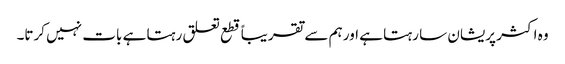
وہ اکثر پریشان سا رہتا ہے اور ہم سے تقریباً قطع تعلق رہتا ہے بات نہیں کرتا۔